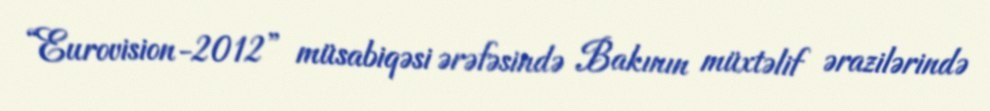
“Eurovision-2012” müsabiqəsi ərəfəsində Bakının müxtəlif ərazilərində